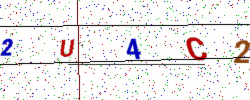
Text: 2U4C2